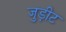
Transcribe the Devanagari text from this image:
जुड़ीट